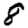
Digit: 8